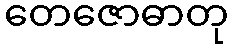
တေဇောဓာတု